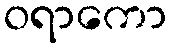
ဝရာကော